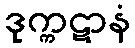
ဒုက္ကဋာနံ